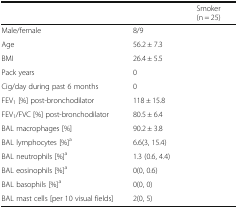
<table><thead><tr><td>[EMPTY_CELL]</td><td>[EMPTY_CELL]</td><td><b>Smoker (n = 25)</b></td></tr></thead><tbody><tr><td>Male/female</td><td>8/9</td><td>[EMPTY_CELL]</td></tr><tr><td>Age</td><td>56.2 ± 7.3</td><td>[EMPTY_CELL]</td></tr><tr><td>BMI</td><td>26.4 ± 5.5</td><td>[EMPTY_CELL]</td></tr><tr><td>Pack years</td><td>0</td><td>[EMPTY_CELL]</td></tr><tr><td>Cig/day during past 6 months</td><td>0</td><td>[EMPTY_CELL]</td></tr><tr><td>FEV<sub>1</sub> [%] post-bronchodilator</td><td>118 ± 15.8</td><td>[EMPTY_CELL]</td></tr><tr><td>FEV<sub>1</sub>/FVC [%] post-bronchodilator</td><td>80.5 ± 6.4</td><td>[EMPTY_CELL]</td></tr><tr><td>BAL macrophages [%]</td><td>90.2 ± 3.8</td><td>[EMPTY_CELL]</td></tr><tr><td>BAL lymphocytes [%]<sup>a</sup></td><td>6.6(3, 15.4)</td><td>[EMPTY_CELL]</td></tr><tr><td>BAL neutrophils [%]<sup>a</sup></td><td>1.3 (0.6, 4.4)</td><td>[EMPTY_CELL]</td></tr><tr><td>BAL eosinophils [%]<sup>a</sup></td><td>0(0, 0.6)</td><td>[EMPTY_CELL]</td></tr><tr><td>BAL basophils [%]<sup>a</sup></td><td>0(0, 0)</td><td>[EMPTY_CELL]</td></tr><tr><td>BAL mast cells [per 10 visual fields]</td><td>2(0, 5)</td><td>[EMPTY_CELL]</td></tr></tbody></table>